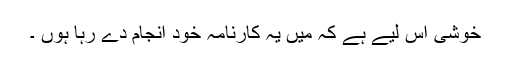
خوشی اس لیے ہے کہ میں یہ کارنامہ خود انجام دے رہا ہوں ۔